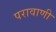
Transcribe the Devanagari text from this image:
परावाणी